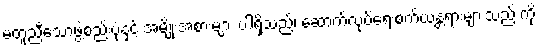
မတူညီသောဖွဲ့စည်းပုံနှင့် အမျိုးအစားများ ပါရှိသည်၊ ဆောက်လုပ်ရေးစက်ယန္တရားများသည် ကို